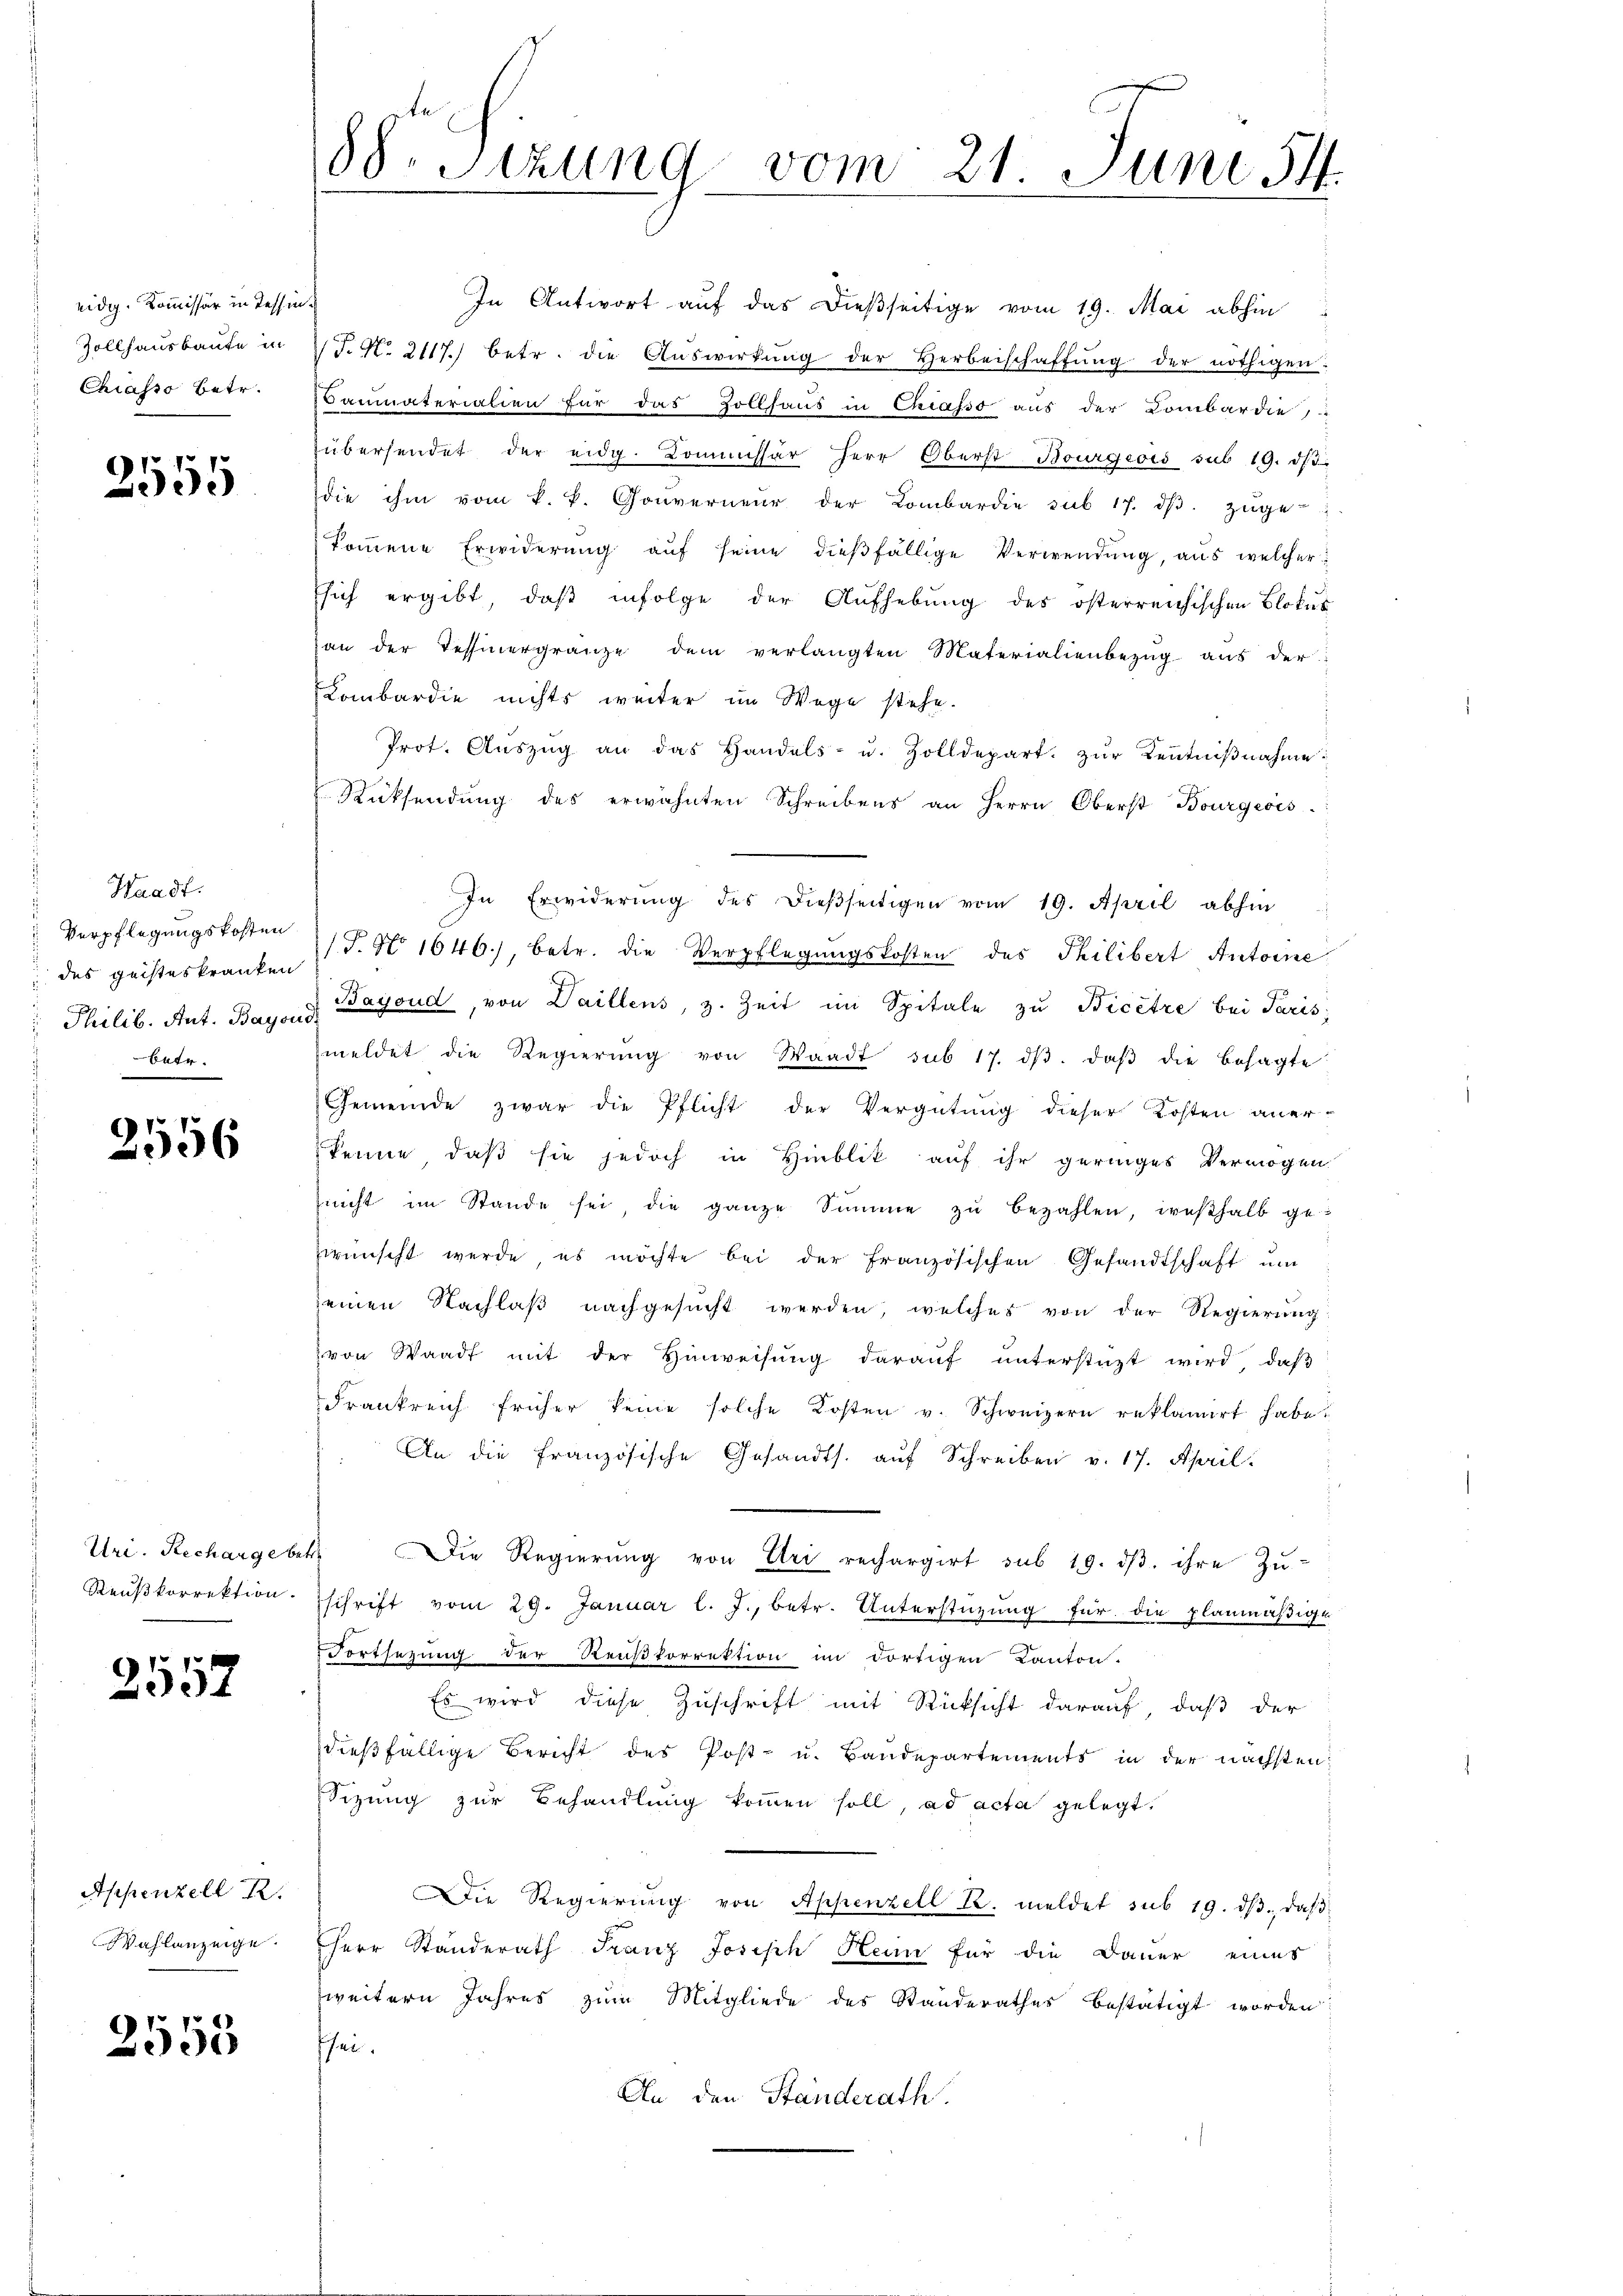
eidig. Kommissär in Tessin¬
Zollhausbaute in
Chiasso Betr.

2555

Waadt.
Verpflegungskosten
des geisteskranken
Philib. Ant. Bayoni
.
betr.

2556

Uri. Recharge be
 Reußkorrektion.

2552

Appenzell I.
Wahlanzeige.

2555

88. Sitzung vom 21. Juni 54.

In Antwort auf das dießseitige vom 19. Mai abhin
J. No 2117.) betr. die Auswirkung der Herbeischaffung der nöthigen.
Baumaterialien für das Zollsaus in Chiasso aus der Kombardie
übersendet der eidg. Kommissär Herr Oberst Bourgeois sub 19. dβ.
die ihm vom k. k. Gouverneur der Lombardie sub 17. dβ zŭge-
koṁene Erwiderŭng aŭf seine dieβfällige Verwendŭng, aus welcher
sich ergibt, daß infolge der Aufhebung des österreichischen Blokus
van der Tessinergränze dem verlangten Materialienbezŭg aŭs der
Lombardie nichts weiter im Wege stehe.
Prot. Aŭszŭg an das Handels- u. Zolldepart. zŭr Kentniβnahme:
Rücksendung des erwähnten Schreibens an Herrn Oberst Bourgeois
In Erwiderung des dießseitigen vom 19. April abhin
T. No 1646), betr. die Verpflegungskosten des Philibert Antoine
Bayoud, von Daillens, z. Zeit im Spitale zŭ Bicêtre bei Paris
meldet die Regierŭng von Waadt sub 17. dβ. daβ die besagte
Gemeinde zwar die Pflicht der Vergütung dieser Kosten anerkenne, daß sie jedoch in Hinblik auf ihr geringes Vermögen
nnicht im Stande sei die ganze Summe zŭ bezahlen weshalb ge-
wünscht werde, es möchte bei der französischen Gesandtschaft ŭm
seinen Nachlaß nachgesucht werden, welches von der Regierung:
von Waadt mit der Hinweisung darauf unterstüzt wird, daß
Frankreich früher keine solche Kosten v. Schweizern reklamirt habe.
An die Französische Gesandts. aŭf Schreiben v. 17. April.
Die Regierŭng von Uri rechargirt sub 19. dβ. ihre Zu-
schrift vom 29. Januar l. J., betr. Unterstüzung für die planmäßige
Fortsetzung der Reußkorrektion im dortigen Kanton.
Es wird diese Zuschrift mit Rücksicht darauf, daß der
dießfällige Bericht des Post- u. Baudepartements in der nächsten
Sizung zur Behandlung kommen soll, ad acta gelegt.
Die Regierung von Appenzell R. meldet sub 19. dβ, daß
Herr Standerath Franz Joseph Henn für die Dauer eines
weitern Jahres zum Mitgliede des Standerathes bestätigt worden
shei
An den Ständerath.